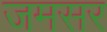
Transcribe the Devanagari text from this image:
जमसर